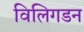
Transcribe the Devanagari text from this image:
विलिगडन